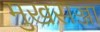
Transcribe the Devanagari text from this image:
मुखसज्जा